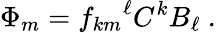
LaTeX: \Phi_{m}={f_{km}}^{\ell}C^{k}B_{\ell}~.